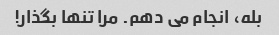
بله، انجام می دهم. مرا تنها بگذار!